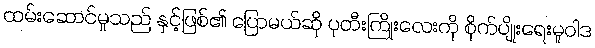
ထမ်းဆောင်မှုသည် နှင့်ဖြစ်၏ ပြောမယ်ဆို ပုတီးကြိုးလေးကို စိုက်ပျိုးရေးမူဝါဒ